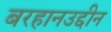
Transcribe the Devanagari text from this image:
बरहानउद्दीन